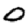
Digit: 0